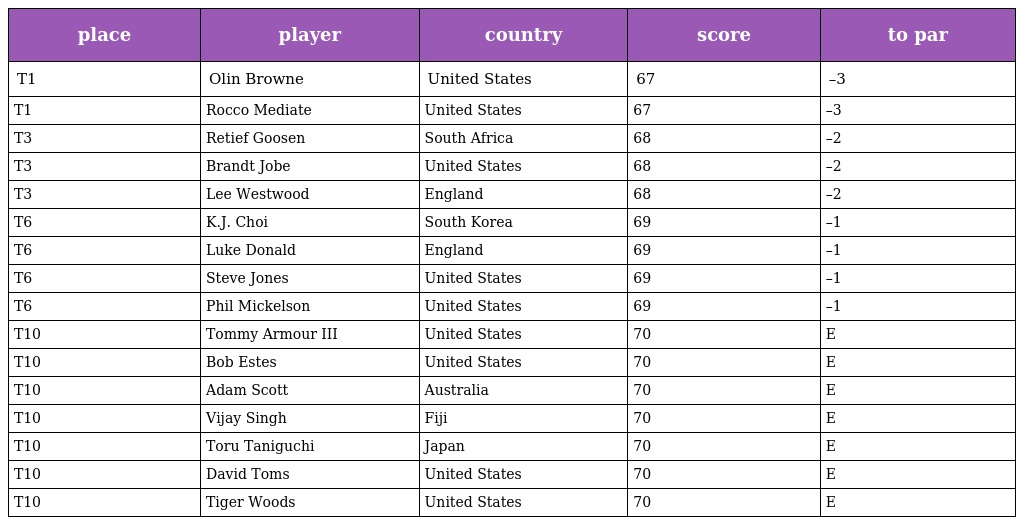
| place | player | country | score | to par |
 | --- | --- | --- | --- | --- |
 | T1 | Olin Browne | United States | 67 | –3 |
 | T1 | Rocco Mediate | United States | 67 | –3 |
 | T3 | Retief Goosen | South Africa | 68 | –2 |
 | T3 | Brandt Jobe | United States | 68 | –2 |
 | T3 | Lee Westwood | England | 68 | –2 |
 | T6 | K.J. Choi | South Korea | 69 | –1 |
 | T6 | Luke Donald | England | 69 | –1 |
 | T6 | Steve Jones | United States | 69 | –1 |
 | T6 | Phil Mickelson | United States | 69 | –1 |
 | T10 | Tommy Armour III | United States | 70 | E |
 | T10 | Bob Estes | United States | 70 | E |
 | T10 | Adam Scott | Australia | 70 | E |
 | T10 | Vijay Singh | Fiji | 70 | E |
 | T10 | Toru Taniguchi | Japan | 70 | E |
 | T10 | David Toms | United States | 70 | E |
 | T10 | Tiger Woods | United States | 70 | E |